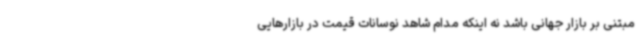
مبتنی بر بازار جهانی باشد نه اینکه مدام شاهد نوسانات قیمت در بازارهایی